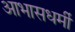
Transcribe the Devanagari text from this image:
आभासधर्मी